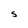
Character: S